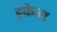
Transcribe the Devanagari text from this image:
इकेजा